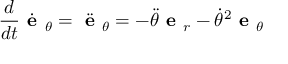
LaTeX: { \frac { d } { d t } } { \dot { \textbf { e } } } _ { \theta } = { \ddot { \textbf { e } } } _ { \theta } = - { \ddot { \theta } } { \textbf { e } } _ { r } - { \dot { \theta } } ^ { 2 } { \textbf { e } } _ { \theta }